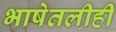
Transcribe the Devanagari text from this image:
भाषेतलीही